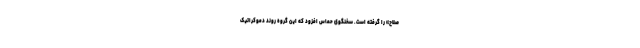
صلاح» را گرفته است. سخنگوی حماس افزود که این گروه روند دموکراتیک